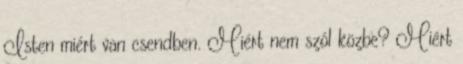
Isten miért van csendben. Miért nem szól közbe? Miért